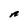
Character: n